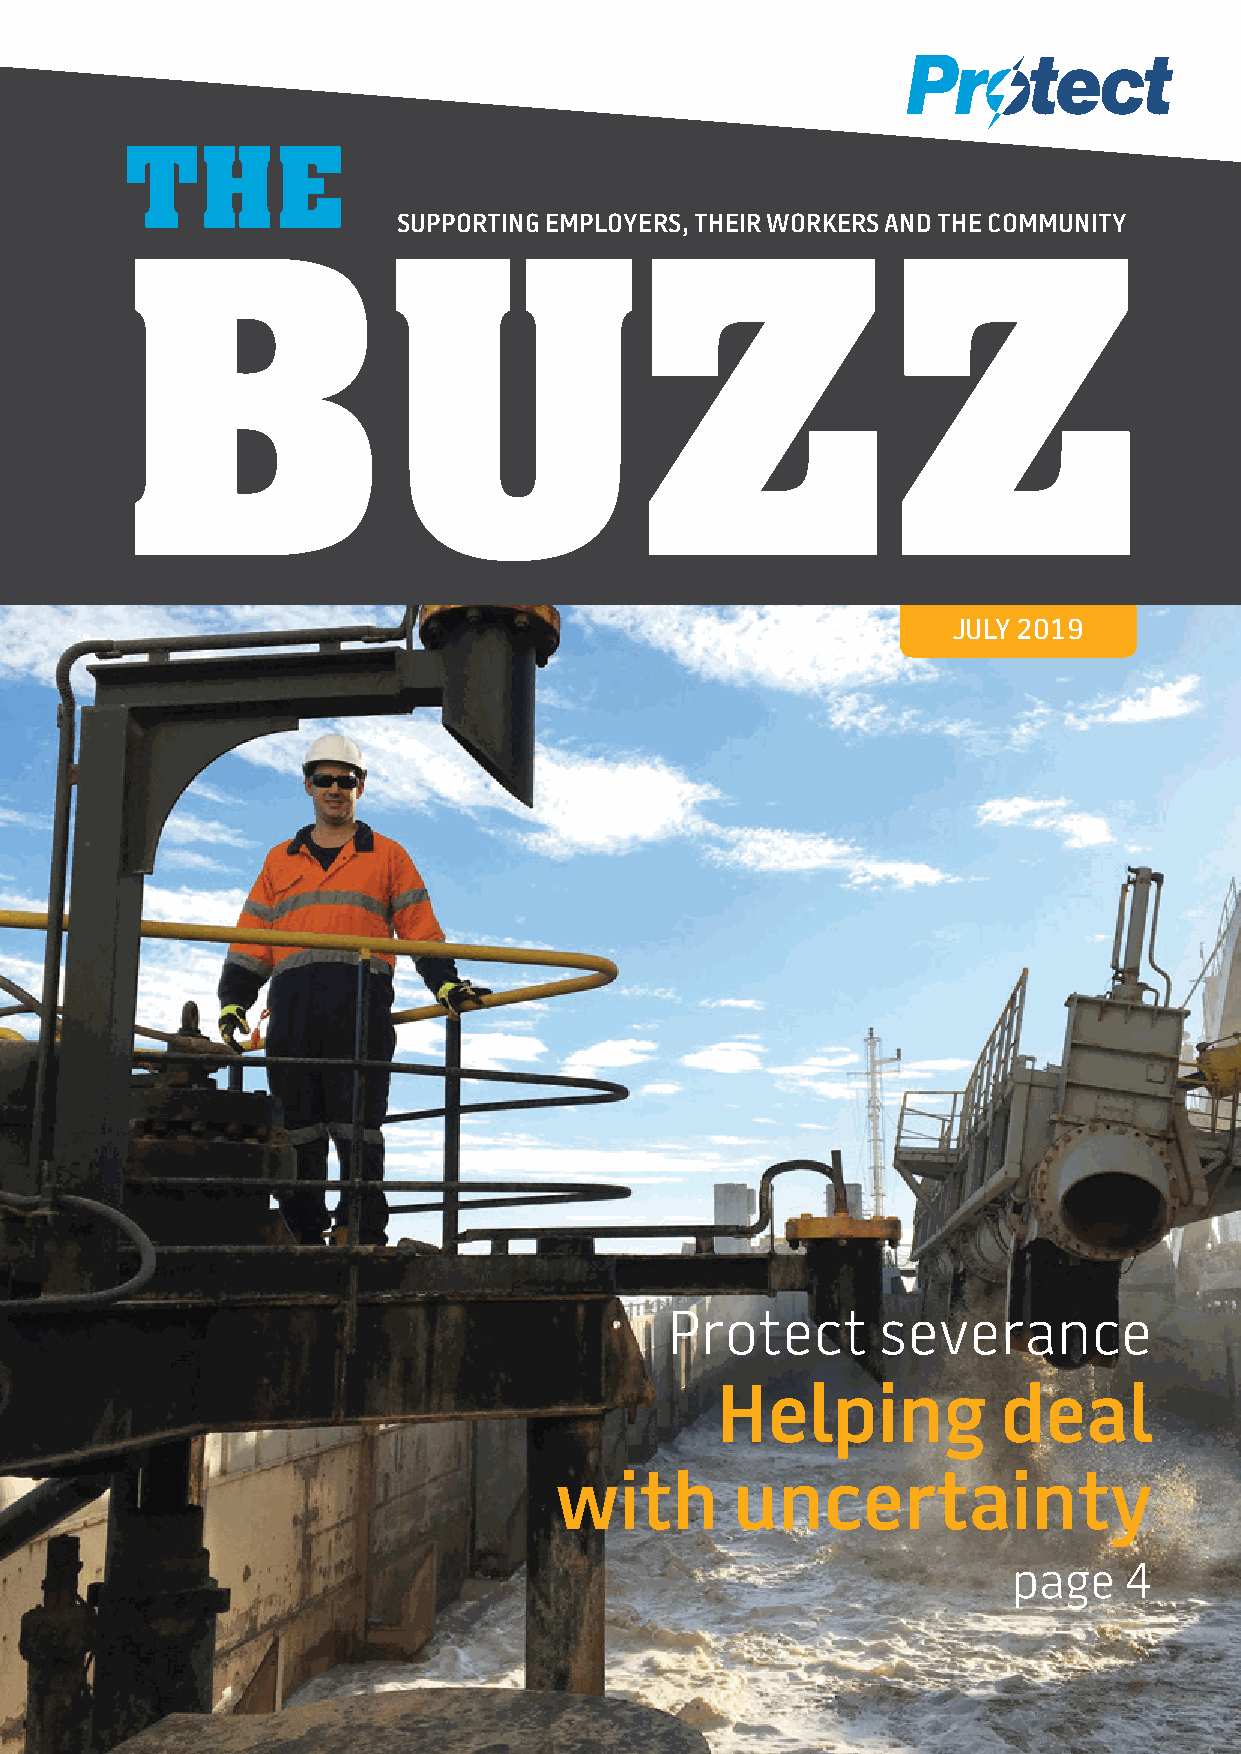
THE
 SUPPORTING EMPLOYERS, THEIR WORKERS AND THE COMMUNITY
 BUZZ
 JULY 2019
 Protect       severance
 Helping            deal
 with       uncertainty
 page   4